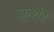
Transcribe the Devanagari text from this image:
क्रुशेर